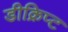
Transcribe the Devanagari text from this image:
डीक्रिप्ट